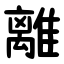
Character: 離